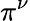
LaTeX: \pi^{\nu}